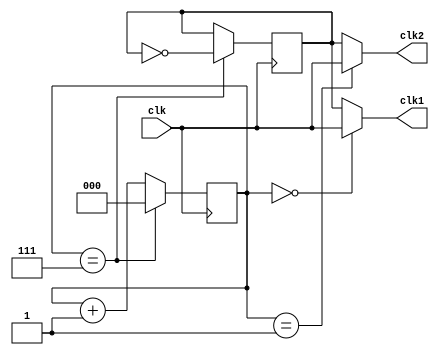
module multi_phase_clock_divider (
    input wire clk,
    output wire clk1,
    output wire clk2
    // Add more output clocks as needed
);

reg [2:0] count;
reg sync;

always @(posedge clk) begin
    if (count == 3'b111) begin
        count <= 3'b000;
        sync <= ~sync;
    end else begin
        count <= count + 1;
    end
end

assign clk1 = (count == 3'b000) ? clk : sync;
assign clk2 = (count == 3'b001) ? clk : sync;
// Add more clock assignments as needed

endmodule